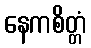
နေကစိတ္တံ